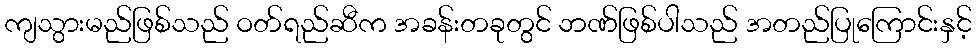
ကျသွားမည်ဖြစ်သည် ဝတ်ရည်ဆီက အခန်းတခုတွင် ဘဏ်ဖြစ်ပါသည် အတည်ပြုကြောင်းနှင့်